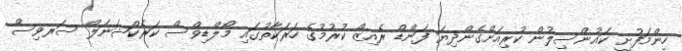
ހިންމަފުށީ ކައުންސިލުން ކުރިއަށްގެންދިޔަ ފަންޑް ރެއިޒް ކުރުމުގެ ހަރަކާތުގައި މޯލްޑިވްސް ކަރެކްޝަނަލް ސަރވިސް